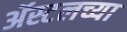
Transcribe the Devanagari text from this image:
ॲस्टलच्या